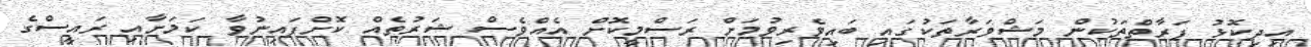
އިދިކޮޅު ފަރާތްތަކުން މަޝްވަރާތަކުގައި ބައިވެރިވުމަށް ރަސްމީކޮށް އެއްވެސް ޝަރުތެއް ކޮށްފައިނުވާ ކަމަށާއި ރައީސްގެ